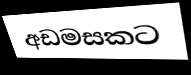
අඩමසකට